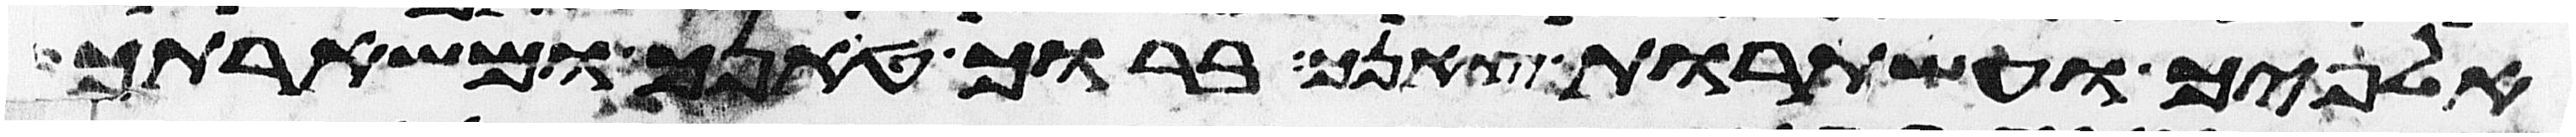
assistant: אלפיך ועשתרות צאנך ברוך טנאך ומשארתך